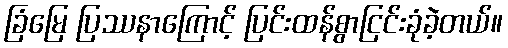
ခြံမြေ ပြဿနာကြောင့် ပြင်းထန်စွာငြင်းခုံခဲ့တယ်။